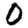
Digit: 0